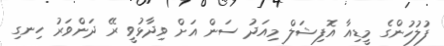
ފުލުހުންގެ މީޑިއާ އޮފިޝަލް މިއަދު ސަން އަށް ވިދާޅުވީ ރޭ ދަންވަރު ހިނގި